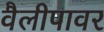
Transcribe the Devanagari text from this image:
वैलीपावर